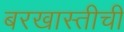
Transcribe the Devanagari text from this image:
बरखास्तीची